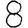
Digit: 8